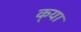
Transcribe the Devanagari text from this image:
क्‌या